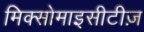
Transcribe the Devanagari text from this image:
मिक्सोमाइसीटीज़